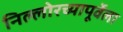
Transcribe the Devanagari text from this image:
निल्लोरच्यापूर्वेला